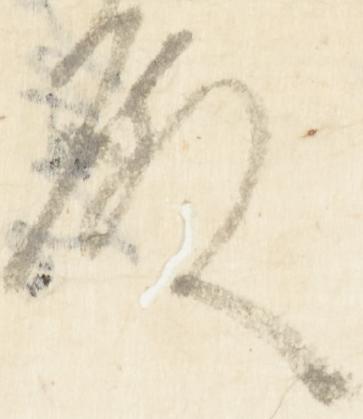
殿